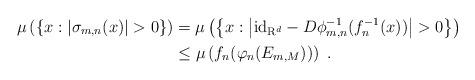
LaTeX: \begin{align*}\mu\left(\left\{ x : \left| \sigma_{m,n}(x) \right|>0\right\}\right)&=\mu\left(\left\{ x : \left| \mathrm{id}_{\mathrm{R}^d}-D\phi_{m,n}^{-1}(f_{n}^{-1}(x)) \right| >0\right\}\right)\\&\leq\mu \left(f_{n}(\varphi_{n}(E_{m,M}))\right) \ .\end{align*}